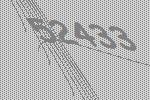
52433